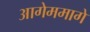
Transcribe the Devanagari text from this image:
आगेममागे